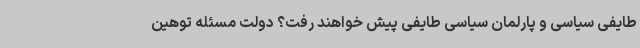
طایفی سیاسی و پارلمان سیاسی طایفی پیش خواهند رفت؟ دولت مسئله توهین